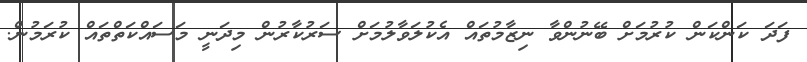
ފަދަ ކަންކަން ކުރުމަށް ބޭނުންވާ ނިޒާމުތައް އެކުލަވާލުމަށް ސަރުކާރުން މިދަނީ މަސައްކަތްތައް ކުރަމުން.